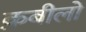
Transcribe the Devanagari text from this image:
क़बीलो